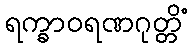
ရက္ခာဝရဏဂုတ္တိံ